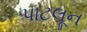
પાટલૂન